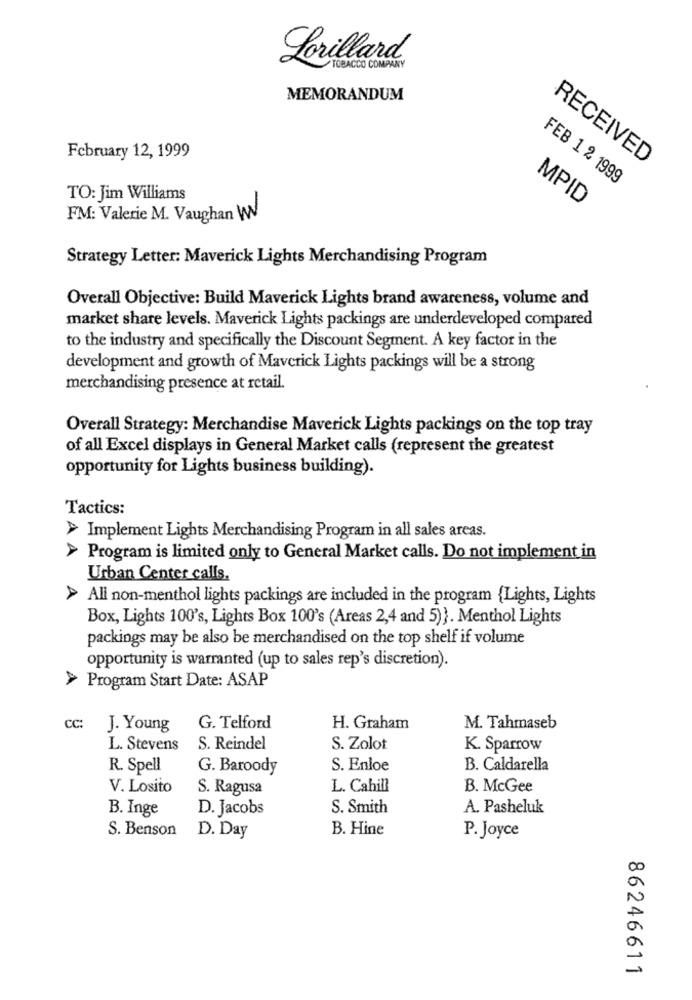
Lorillard.
TOBACCO COMPANY
MEMORANDUM
February 12, 1999
RECEIVED
FEB 1 2 1999
TO: Jim Williams
MPID
FM: Valerie M. Vaughan W
Strategy Letter: Maverick Lights Merchandising Program
Overall Objective: Build Maverick Lights brand awareness, volume and
market share levels. Maverick Lights packings are underdeveloped compared
to the industry and specifically the Discount Segment. A key factor in the
development and growth of Maverick Lights packings will be a strong
merchandising presence at retail.
Overall Strategy: Merchandise Maverick Lights packings on the top tray
of all Excel displays in General Market calls (represent the greatest
opportunity for Lights business building).
Tactics:
> Implement Lights Merchandising Program in all sales areas.
> Program is limited only to General Market calls. Do not implement in
Urban Center calls.
> All non-menthol lights packings are included in the program {Lights, Lights
Box, Lights 100's, Lights Box 100's (Areas 2,4 and 5)}. Menthol Lights
packings may be also be merchandised on the top shelf if volume
opportunity is warranted (up to sales rep's discretion).
> Program Start Date: ASAP
cc:
J. Young
G. Telford
H. Graham
M. Tahmaseb
L. Stevens
S. Reindel
S. Zolot
K. Sparrow
R. Spell
G. Baroody
S. Enloe
B. Caldarella
V. Losito
S. Ragusa
L. Cahill
B. McGee
B. Inge
D. Jacobs
S. Smith
A. Pasheluk
S. Benson
B. Hine
D. Day
P. Joyce
86246611